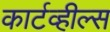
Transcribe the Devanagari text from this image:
कार्टव्हील्स